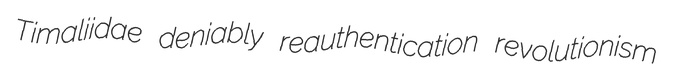
Timaliidae deniably reauthentication revolutionism